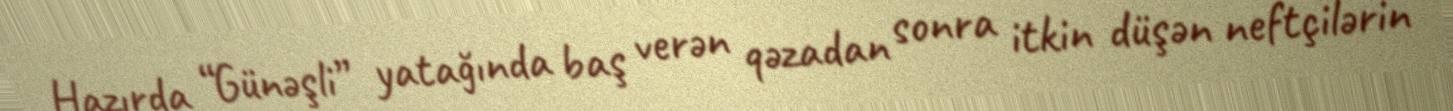
Hazırda “Günəşli” yatağında baş verən qəzadan sonra itkin düşən neftçilərin